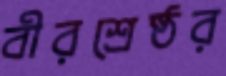
বীরশ্রেষ্ঠর